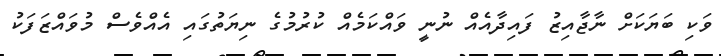
ވަކި ބަޔަކަށް ނާޖާއިޒު ފައިދާއެއް ނުނީ ވައްކަމެއް ކުރުމުގެ ނިޔަތުގައި އެއްވެސް މުވައްޒަފަކު